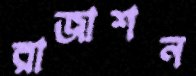
রাজাশন